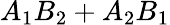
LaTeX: A_{1}B_{2}+A_{2}B_{1}